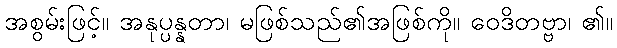
အစွမ်းဖြင့်။ အနုပ္ပန္နတာ၊ မဖြစ်သည်၏အဖြစ်ကို။ ဝေဒိတဗ္ဗာ၊ ၏။